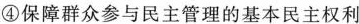
④保障群众参与民主管理的基本民主权利